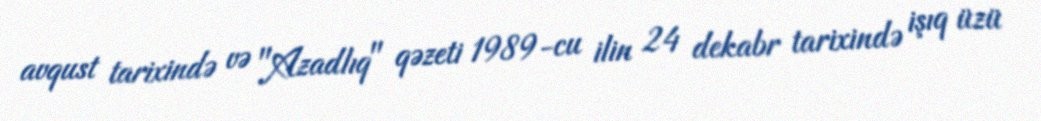
avqust tarixində və "Azadlıq" qəzeti 1989-cu ilin 24 dekabr tarixində işıq üzü